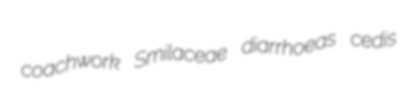
coachwork Smilaceae diarrhoeas cedis